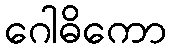
ဂေါဓိကော